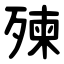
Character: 㱫